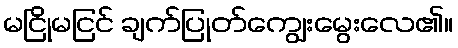
မငြိုမငြင် ချက်ပြုတ်ကျွေးမွေးလေ၏။